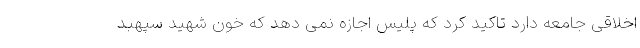
اخلاقی جامعه دارد تاکید کرد که پلیس اجازه نمی دهد که خون شهید سپهبد